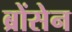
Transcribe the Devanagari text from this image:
ब्रोंसेन